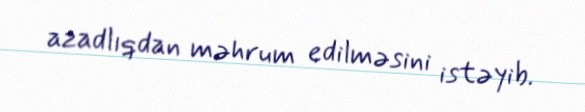
azadlıqdan məhrum edilməsini istəyib.